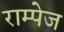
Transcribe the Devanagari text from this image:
राम्पेज